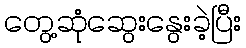
တွေ့ဆုံဆွေးနွေးခဲ့ပြီး